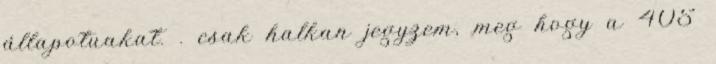
állapotuakat. . csak halkan jegyzem, meg hogy a 405